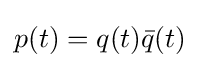
p(t)=q(t){\bar {q}}(t)